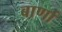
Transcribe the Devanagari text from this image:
बार्णा